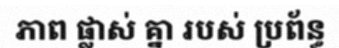
ភាព ផ្លាស់ គ្នា របស់ ប្រព័ន្ធ